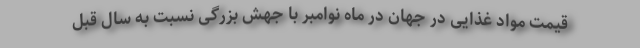
قیمت مواد غذایی در جهان در ماه نوامبر با جهش بزرگی نسبت به سال قبل